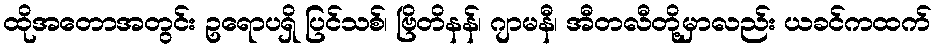
ထိုအတောအတွင်း ဥရောပရှိ ပြင်သစ်၊ ဗြိတိနန်၊ ဂျာမနီ၊ အီတလီတို့မှာလည်း ယခင်ကထက်